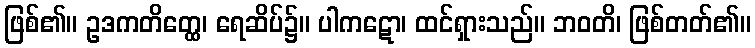
ဖြစ်၏။ ဥဒကတိတ္ထေ၊ ရေဆိပ်၌။ ပါကဋော၊ ထင်ရှားသည်။ ဘဝတိ၊ ဖြစ်တတ်၏။